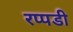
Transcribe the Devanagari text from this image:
रप्पडी